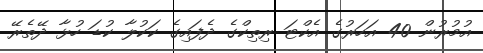
އުމުރުން 40 އަހަރުގެ އެކްޓަ ރިތިކްގެ ދެފައިގެ ކަކުލާ ކުޑަ ހުޅާ ދޭތެރޭ